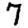
Digit: 7